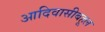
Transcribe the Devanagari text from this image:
आदिवासीबहूल